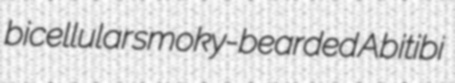
bicellular smoky-bearded Abitibi